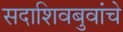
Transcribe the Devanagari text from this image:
सदाशिवबुवांचे